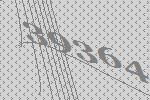
39364